Punjab Mental Hospital Lahore 1932-46 - 1932-1946
Year: 1932
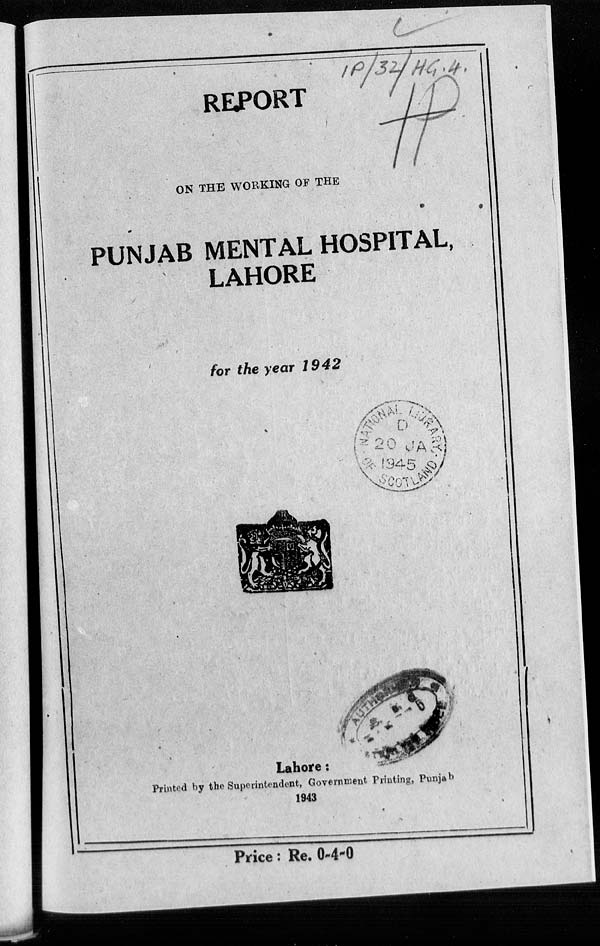
REPORT
ON THE WORKING OF THE
PUNJAB MENTAL HOSPITAL,
LAHORE
for the year 1942
Lahore:
Printed by the Superintendent, Government Printing, Punjab
1943
Price: Re. 0-4-0